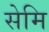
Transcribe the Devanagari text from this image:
सेमि